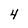
Character: 4